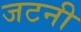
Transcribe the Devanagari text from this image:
जटनी